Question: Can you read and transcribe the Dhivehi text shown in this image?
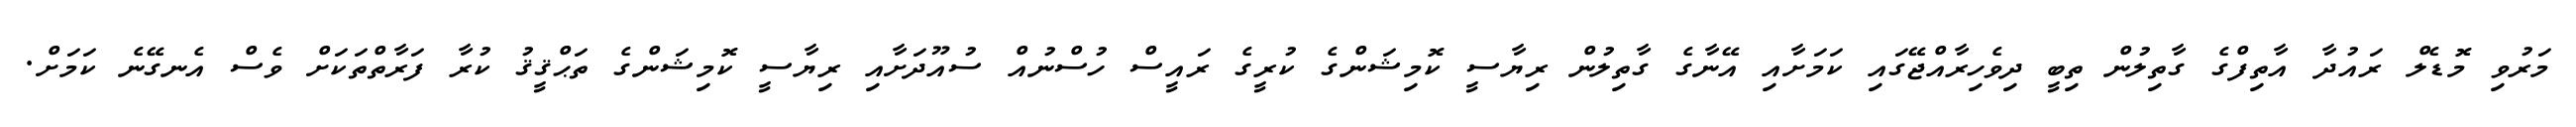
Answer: މަރުވި މޮޑެލް ރައުދާ އާތިފްގެ ގާތިލުން ތިބީ ދިވެހިރާއްޖޭގައި ކަމަށާއި އޭނާގެ ގާތިލުން ރިޔާސީ ކޮމިޝަންގެ ކުރީގެ ރައީސް ހުސްނުއް ސުއޫދަށާއި ރިޔާސީ ކޮމިޝަންގެ ތަޙްޤީޤު ކުރާ ފަރާތްތަކަށް ވެސް އެނގޭނެ ކަމަށް.